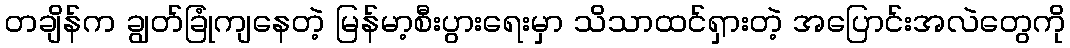
တချိန်က ချွတ်ခြုံကျနေတဲ့ မြန်မာ့စီးပွားရေးမှာ သိသာထင်ရှားတဲ့ အပြောင်းအလဲတွေကို